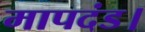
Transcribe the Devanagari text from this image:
मापदंड।